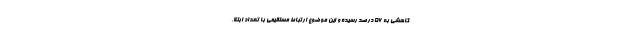
کاهشی به 56 درصد رسیده و این موضوع ارتباط مستقیمی با تعداد ابتلا،